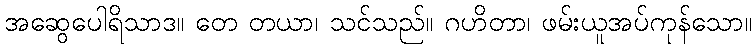
အဆွေပေါရိသာဒ။ တေ တယာ၊ သင်သည်။ ဂဟိတာ၊ ဖမ်းယူအပ်ကုန်သော။